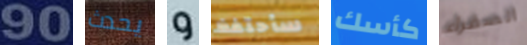
90 يحدث و سأحتفظ كأسك الصفراء